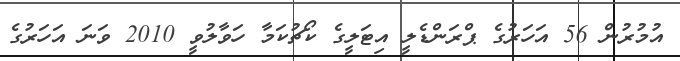
އުމުރުން 56 އަހަރުގެ ޕްރަންޑެލީ އިޓަލީގެ ކޯޗުކަމާ ހަވާލުވީ 2010 ވަނަ އަހަރުގެ